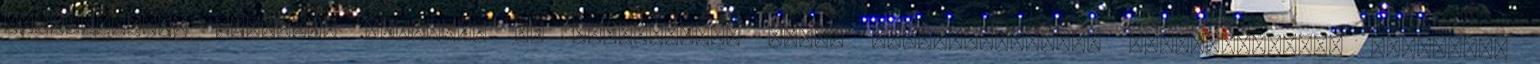
egyházközség ügyeinek vitelére az egyházmegye másik egyházközségnek presbitériumát jelölheti